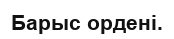
Барыс ордені.